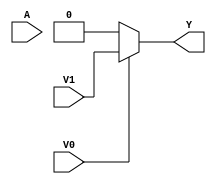



//MUX 2:1
module mux21(input V0, V1, A, output wire Y);

	assign Y = V0 ? V1 : V0; // Asigna a Y con una condicin (?)

endmodule

//MUX 4:1
module mux41(input V0, V1, V2, V3, A, B, output wire Y);

	wire [1:0] Y1;
	mux21 U1(V0, V1, B, Y1[0]);
	mux21 U2(V2, V3, B, Y1[1]);
	mux21 U3(Y1[0], Y1[1] , A, Y);

endmodule


// MUX 8:1
module mux81(input V0, V1, V2, V3, V4, V5, V6, V7, A, B, C, output wire Y);

	wire [1:0] Y1;
	mux41 U4(V0, V1, V2, V3, C, B, Y1[0]);
	mux41 U5(V4, V5, V6, V7, C, B, Y1[1]);
	mux21 U6(Y1[0], Y1[1], A, Y);

endmodule


//MUX 2:1  tabla1
module t1mux21(input wire A, B, C, output wire Y);

	mux21 U7(B^C, B~^C, A, Y);

endmodule


//MUX 4:1  tabla1
module t1mux41(input wire A, B, C, output wire Y);

	mux41 U8(C, ~C, ~C, C, A, B, Y);

endmodule


//MUX 8:1  tabla1
module t1mux81(input wire A, B, C, output wire Y);

	wire V, T; // VOLTAJE Y TIERRA
	assign V = 1;
	assign T = 0;
	mux81 U9(T, V, V, T, V, T, T, V, A, B, C, Y); //SEGN LA TABLA

endmodule


//MUX 2:1 - tabla2
module t2mux21(input wire A, B, C, output wire Y);

	mux21 U10(~(B|C), ~(B&C), A, Y);

endmodule


//MUX 4:1  tabla2
module t2mux41(input wire A, B, C, output wire Y);

  wire V, T; // VOLTAJE Y TIERRA
  assign V = 1;
  assign T = 0;
	mux41 U11(V, T, V, ~C, A, B, Y);

endmodule


//MUX 8:1  tabla2
module t2mux81(input wire A, B, C, output wire Y);

	wire V, T;  // VOLTAJE Y TIERRA
	assign V = 1;
	assign T = 0;
	mux81 U12(V, T, T, T, V, V, V, T, A, B, C, Y);

endmodule